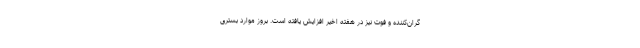
گران‌کننده و فوت نیز در هفته اخیر افزایش یافته است. بروز موارد بستری